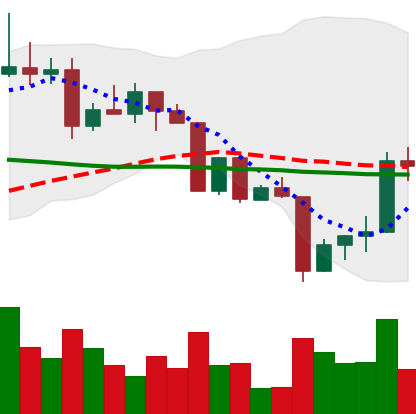
Ticker: XRP-USD
Chart end date: 2022-04-16
Forward return: -6.224%
Label: down_5_7